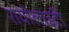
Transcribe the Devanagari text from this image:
रायोलाइटी